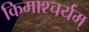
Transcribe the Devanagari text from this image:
किमाश्चर्यम्